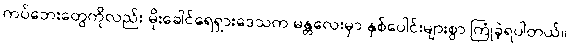
ကပ်ဘေးတွေကိုလည်း မိုးခေါင်ရေရှားဒေသက မန္တလေးမှာ နှစ်ပေါင်းများစွာ ကြုံခဲ့ရပါတယ်။